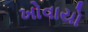
ખોવાયો